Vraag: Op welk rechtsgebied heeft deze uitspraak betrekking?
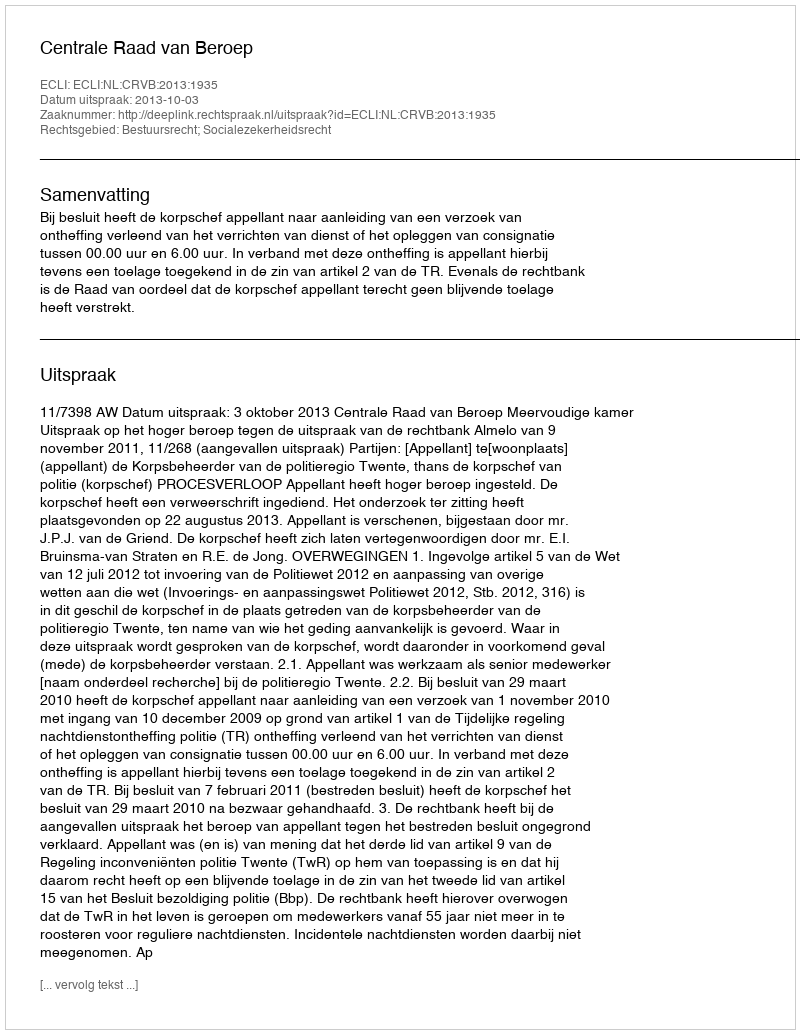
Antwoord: Bestuursrecht; Socialezekerheidsrecht